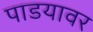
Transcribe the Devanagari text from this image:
पाडयावर